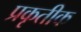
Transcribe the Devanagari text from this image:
प्रकृतीक